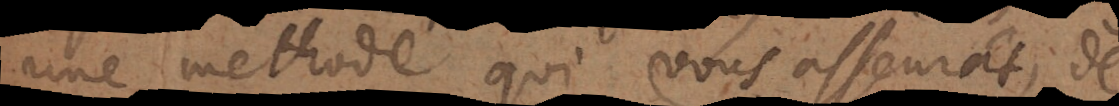
une methode qui vous asseurat de